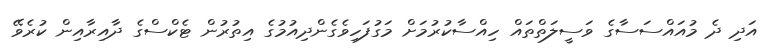
އަދި ދެ މުއައްސަސާގެ ވަސީލަތްތައް ހިއްސާކުރުމަށް މަގުފަހިވެގެންދިއުމުގެ އިތުރުން ޓެކްސްގެ ދާއިރާއިން ކުރެވޭ